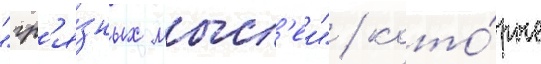
"гр'я́зных мысл'еи" / кото́рые